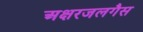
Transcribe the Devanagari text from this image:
अक्षरजलगैस